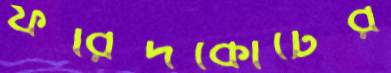
ফরিদকোর্টের